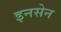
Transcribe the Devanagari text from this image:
इनसेन